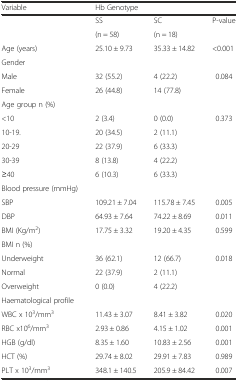
<table><thead><tr><td><b>Variable</b></td><td colspan="2"><b>Hb Genotype</b></td><td></td></tr></thead><tbody><tr><td></td><td>SS</td><td>SC</td><td>P-value</td></tr><tr><td></td><td>(n = 58)</td><td>(n = 18)</td><td></td></tr><tr><td>Age (years)</td><td>25.10 ± 9.73</td><td>35.33 ± 14.82</td><td>&lt;0.001</td></tr><tr><td>Gender</td><td></td><td></td><td></td></tr><tr><td>Male</td><td>32 (55.2)</td><td>4 (22.2)</td><td>0.084</td></tr><tr><td>Female</td><td>26 (44.8)</td><td>14 (77.8)</td><td></td></tr><tr><td>Age group n (%)</td><td></td><td></td><td></td></tr><tr><td>&lt;10</td><td>2 (3.4)</td><td>0 (0.0)</td><td>0.373</td></tr><tr><td>10-19.</td><td>20 (34.5)</td><td>2 (11.1)</td><td></td></tr><tr><td>20-29</td><td>22 (37.9)</td><td>6 (33.3)</td><td></td></tr><tr><td>30-39</td><td>8 (13.8)</td><td>4 (22.2)</td><td></td></tr><tr><td>≥40</td><td>6 (10.3)</td><td>6 (33.3)</td><td></td></tr><tr><td>Blood pressure (mmHg)</td><td></td><td></td><td></td></tr><tr><td>SBP</td><td>109.21 ± 7.04</td><td>115.78 ± 7.45</td><td>0.005</td></tr><tr><td>DBP</td><td>64.93 ± 7.64</td><td>74.22 ± 8.69</td><td>0.011</td></tr><tr><td>BMI (Kg/m<sup>2</sup>)</td><td>17.75 ± 3.32</td><td>19.20 ± 4.35</td><td>0.599</td></tr><tr><td>BMI n (%)</td><td></td><td></td><td></td></tr><tr><td>Underweight</td><td>36 (62.1)</td><td>12 (66.7)</td><td>0.018</td></tr><tr><td>Normal</td><td>22 (37.9)</td><td>2 (11.1)</td><td></td></tr><tr><td>Overweight</td><td>0 (0.0)</td><td>4 (22.2)</td><td></td></tr><tr><td>Haematological profile</td><td></td><td></td><td></td></tr><tr><td>WBC x 10<sup>3</sup>/mm<sup>3</sup></td><td>11.43 ± 3.07</td><td>8.41 ± 3.82</td><td>0.020</td></tr><tr><td>RBC x10<sup>6</sup>/mm<sup>3</sup></td><td>2.93 ± 0.86</td><td>4.15 ± 1.02</td><td>0.001</td></tr><tr><td>HGB (g/dl)</td><td>8.35 ± 1.60</td><td>10.83 ± 2.56</td><td>0.001</td></tr><tr><td>HCT (%)</td><td>29.74 ± 8.02</td><td>29.91 ± 7.83</td><td>0.989</td></tr><tr><td>PLT x 10<sup>3</sup>/mm<sup>3</sup></td><td>348.1 ± 140.5</td><td>205.9 ± 84.42</td><td>0.007</td></tr></tbody></table>